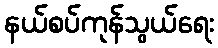
နယ်စပ်ကုန်သွယ်ရေး